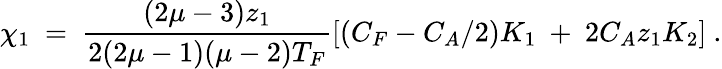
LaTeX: \chi_{1}~=~\frac{(2\mu-3)z_{1}}{2(2\mu-1)(\mu-2)T_{F}}\left[(C_{F}-C_{A}/2)K_{1}~+~2C_{A}z_{1}K_{2}\right]~.